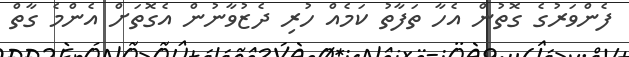
ފެންވަރުގެ ގޮތުން އެހާ ތަފާތު ކަމެއް ހުރި ދެޒުވާނުން އެގޮތަށް އެންމެ ގާތް